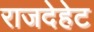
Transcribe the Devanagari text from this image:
राजदेहेट